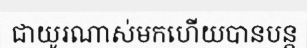
ជាយូរណាស់មកហើយបានបន្ត